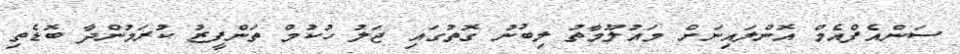
ސަންއެފްއެމް އޮންލައިނަށް މައުލޫމާތު ލިބުނު ގޮތުގައި ޖަލު ހުކުމް ތަންފީޒު ކުރަމުންދާ ބޮޑެތި